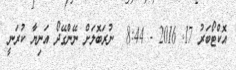
އޮކްޓޯބަރު 17